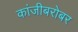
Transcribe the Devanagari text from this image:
कांजीबरोबर